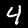
Digit: 4